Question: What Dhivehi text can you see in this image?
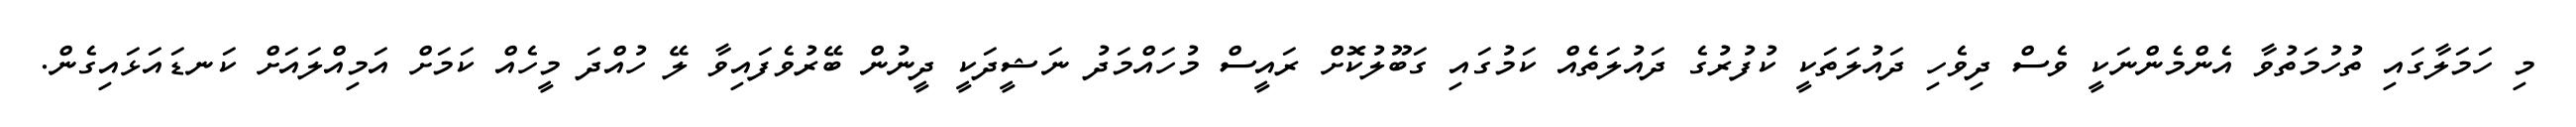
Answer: މި ހަމަލާގައި ތުހުމަތުވާ އެންމެންނަކީ ވެސް ދިވެހި ދައުލަތަކީ ކުފުރުގެ ދައުލަތެއް ކަމުގައި ގަބޫލުކޮށް ރައީސް މުހައްމަދު ނަޝީދަކީ ދީނުން ބޭރުވެފައިވާ ލޭ ހުއްދަ މީހެއް ކަމަށް އަމިއްލައަށް ކަނޑައަޅައިގެން.